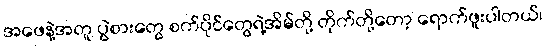
အဖေနဲ့အတူ ပွဲစားတွေ စက်ပိုင်တွေရဲ့အိမ်တို့ တိုက်တို့တော့ ရောက်ဖူးပါတယ်၊